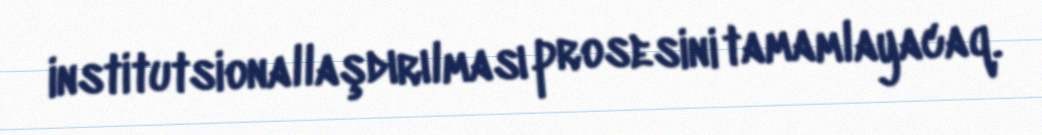
institutsionallaşdırılması prosesini tamamlayacaq.